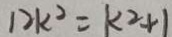
1 2 k ^ { 2 } = k ^ { 2 } + 1